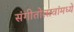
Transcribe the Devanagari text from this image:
संगीतोत्सवांमध्ये